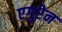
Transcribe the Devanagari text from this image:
एगुरेन